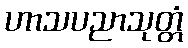
ဟာသပညာသုတ္တံ